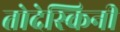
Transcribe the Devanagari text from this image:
तोदेस्किनी